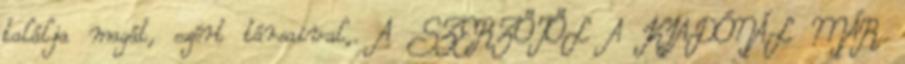
találja magát, ezért társaival,. A SZERZŐTŐL A KIADÓNÁL MÁR